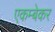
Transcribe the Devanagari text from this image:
एकम्बेकर